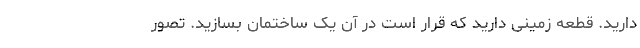
دارید. قطعه زمینی دارید که قرار است در آن یک ساختمان بسازید. تصور